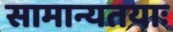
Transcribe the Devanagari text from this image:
सामान्यतयाः